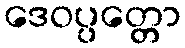
ဒေဝပ္ပတ္တော